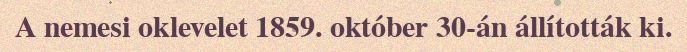
A nemesi oklevelet 1859. október 30-án állították ki.